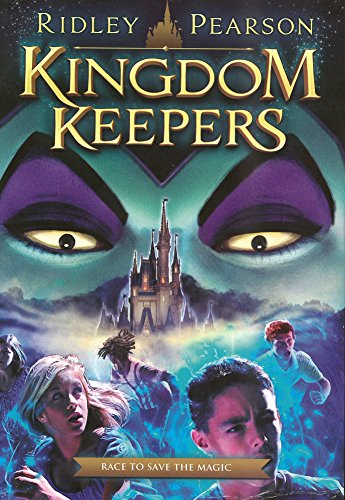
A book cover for Kingdom Keepers Boxed Set: Featuring Kingdom Keepers I, II, and III; Ridley Pearson; Children's Books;